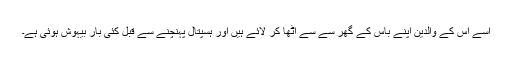
اسے اس کے والدین اپنے باس کے گھر سے سے اٹھا کر لائے ہیں اور ہسپتال پہنچنے سے قبل کئی بار بیہوش ہوئی ہے۔